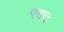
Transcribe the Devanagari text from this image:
रदद